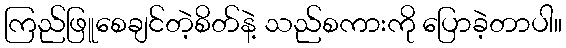
ကြည်ဖြူစေချင်တဲ့စိတ်နဲ့ သည်စကားကို ပြောခဲ့တာပါ။